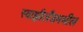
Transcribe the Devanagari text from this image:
स्वाझीलँडमधील